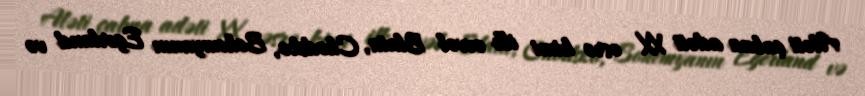
Aləti çalma adəti XX əsrə kimi ilk əvvəl Blata, Chodsko, Bohemyanın Egerland və